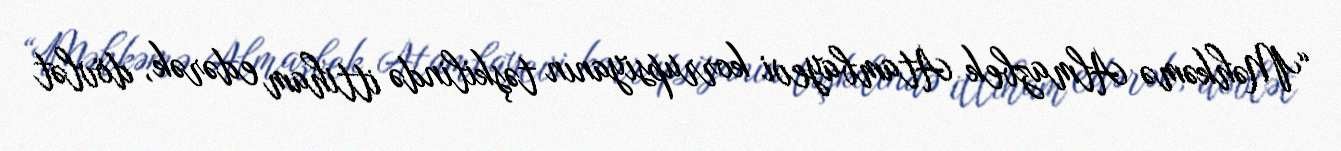
“Məhkəmə Almazbek Atambayevi korrupsiyanın təşkilində ittiham edərək, dövlət